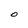
Character: O